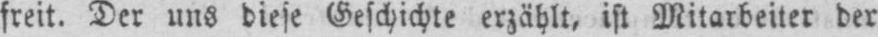
freit. Der uns diese Geschichte erzählt, ist Mitarbeiter der